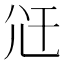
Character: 𭕍